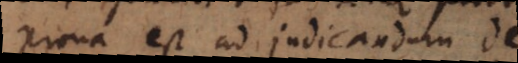
prona est ad judicandum de